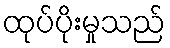
ထုပ်ပိုးမှုသည်